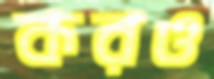
করও